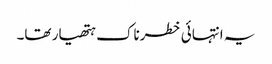
یہ انتہائی خطرناک ہتھیار تھا۔